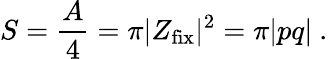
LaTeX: S={\frac{A}{4}}=\pi|Z_{\mathrm{fix}}|^{2}=\pi|pq|\ .